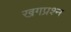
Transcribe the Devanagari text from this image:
खगप्रश्न